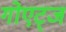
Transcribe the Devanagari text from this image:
गोएट्ज